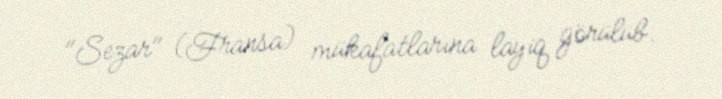
"Sezar" (Fransa) mükafatlarına layiq görülüb.